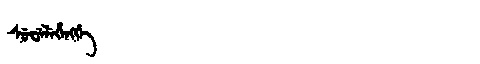
Manchu: ᠰᡠᠸᡝᠯᡝᡥᡝᠩᡤᡝ
Romanization: SUWELEHENGGE